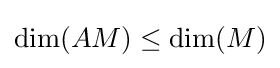
\dim(AM)\leq \dim(M)